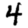
Digit: 4